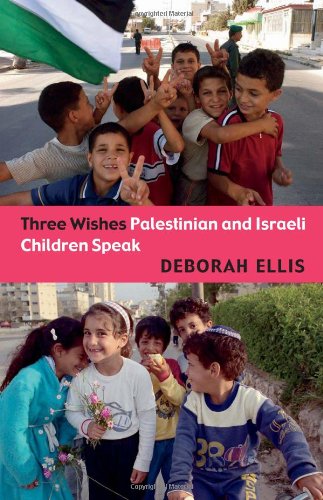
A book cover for Three Wishes: Palestinian and Israeli Children Speak; Deborah Ellis; Children's Books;